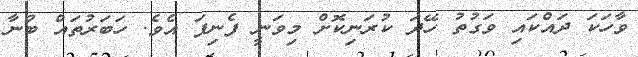
ވާހަކަ ދައްކައި ވަގުތު ހޭދަ ކުރަނިކޮށް މިވަނީ ފެނިފަ އެވެ. ހަބަރުތައް ބުނާ